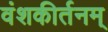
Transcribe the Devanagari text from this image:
वंशकीर्तनम्